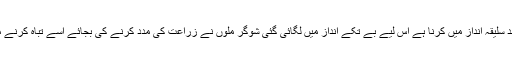
چونکہ ہم نے ہر کام نہایت بد سلیقہ انداز میں کرنا ہے اس لیے بے تکے انداز میں لگائی گئی شوگر ملوں نے زراعت کی مدد کرنے کی بجائے اسے تباہ کرنے میں کوئی کسر نہیں چھوڑی۔